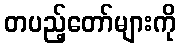
တပည့်တော်များကို